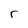
Character: r